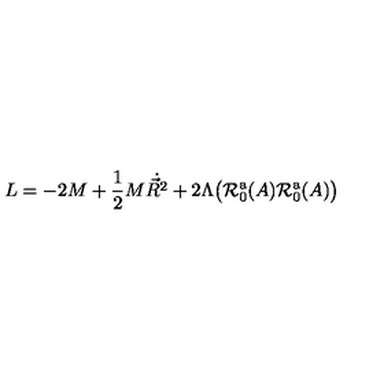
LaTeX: L = - 2 M + { \frac { 1 } { 2 } } M \dot { \vec { R } ^ { 2 } } + 2 \Lambda \bigl ( { \cal R } _ { 0 } ^ { \mathrm { a } } ( A ) { \cal R } _ { 0 } ^ { \mathrm { a } } ( A ) \bigr )